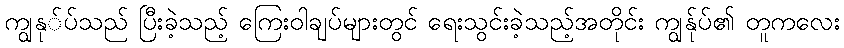
ကျွနု်ပ်သည် ပြီးခဲ့သည့် ကြေးဝါချပ်များတွင် ရေးသွင်းခဲ့သည့်အတိုင်း ကျွနု်ပ်၏ တူကလေး